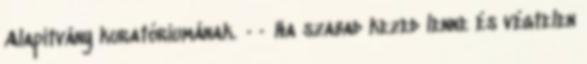
Alapítvány kuratóriumának. ·· Ha szabad kezed lenne és végtelen